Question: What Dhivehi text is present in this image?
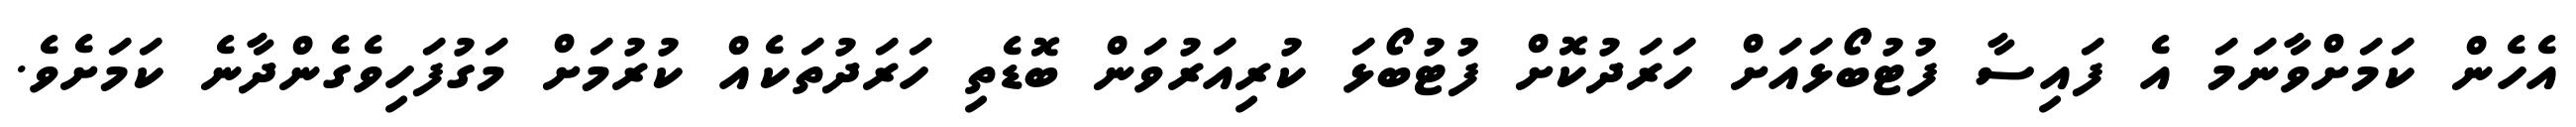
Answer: އެހެން ކަމަށްވާނަމަ އެ ފައިސާ ފުޓުބޯޅައަށް ހަރަދުކޮށް ފުޓުބޯޅަ ކުރިއަރުވަން ބޮޑެތި ހަރަދުތަކެއް ކުރުމަށް މަގުފަހިވެގެންދާނެ ކަމަށެވެ.